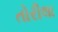
તોરીલા